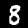
Digit: 8